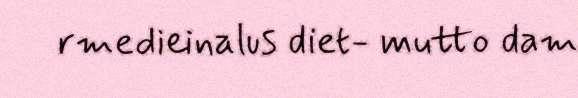
rmedieinalus diet- mutto dam